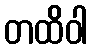
တထိဝါ